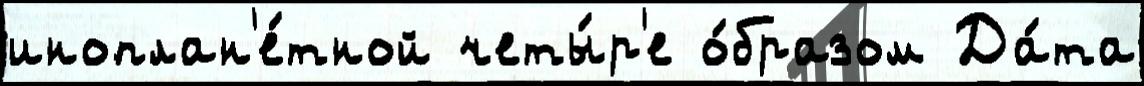
иноплан'е́тной четы́р'е о́бразом Да́та